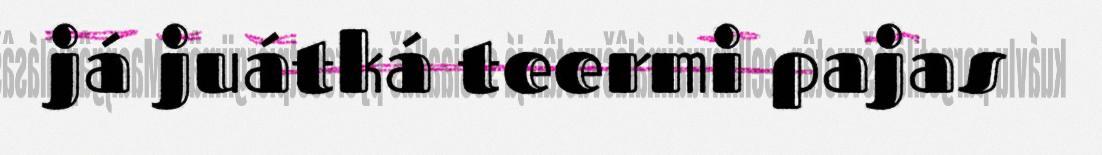
já juátká teermi pajas